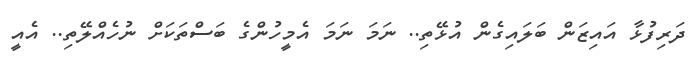
ދަރިފުޅާ އައިޒަން ބަލައިގެން އުޅޭތި.. ނަމަ ނަމަ އެމީހުންގެ ބަސްތަކަށް ނުހެއްލޭތި.. އެއީ